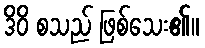
ဒိဝိ စသည် ဖြစ်သေး၏။